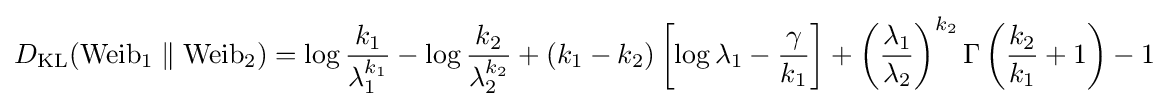
D_{\text{KL}}(\mathrm {Weib} _{1}\parallel \mathrm {Weib} _{2})=\log {\frac {k_{1}}{\lambda _{1}^{k_{1}}}}-\log {\frac {k_{2}}{\lambda _{2}^{k_{2}}}}+(k_{1}-k_{2})\left[\log \lambda _{1}-{\frac {\gamma }{k_{1}}}\right]+\left({\frac {\lambda _{1}}{\lambda _{2}}}\right)^{k_{2}}\Gamma \left({\frac {k_{2}}{k_{1}}}+1\right)-1